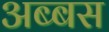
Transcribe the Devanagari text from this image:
अब्बस